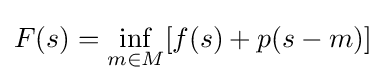
F(s)=\inf _{m\in M}[f(s)+p(s-m)]